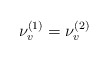
\begin{align*} \nu_{v}^{(1)}=\nu_{v}^{(2)} \ \ \end{align*}